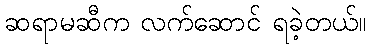
ဆရာမဆီက လက်ဆောင် ရခဲ့တယ်။